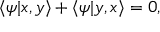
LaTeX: \langle \psi | x , y \rangle + \langle \psi | y , x \rangle = 0 ,